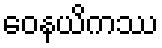
ဝေနယိကဿ